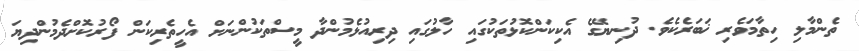
ތެންމާލި ހިތާމަވެރި ޚަބަރެކެވެ. ދުނިޔޭގެ އެކިކަންކޮޅުތަކުގައި ހާލުގައި ދިރިއުޅެމުންދާ މީސްތަކުންނަށް އެހީތެރިކަން ފޯރުކޮށްދެމުންދިޔަ